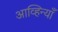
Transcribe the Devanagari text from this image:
आव्हिन्याँ